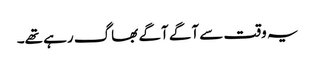
یہ وقت سے آگے آگے بھاگ رہے تھے۔